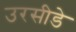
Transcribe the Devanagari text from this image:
उरसीडे